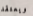
ويعتقد